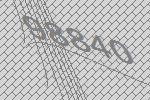
98840